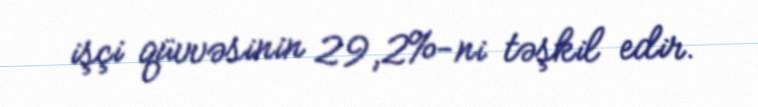
işçi qüvvəsinin 29,2%-ni təşkil edir.